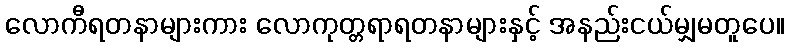
လောကီရတနာများကား လောကုတ္တရာရတနာများနှင့် အနည်းငယ်မျှမတူပေ။